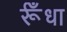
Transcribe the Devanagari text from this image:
र्रूँधा